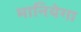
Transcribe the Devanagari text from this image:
मानियेगा